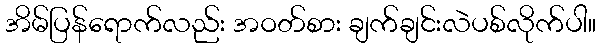
အိမ်ပြန်ရောက်လည်း အဝတ်စား ချက်ချင်းလဲပစ်လိုက်ပါ။